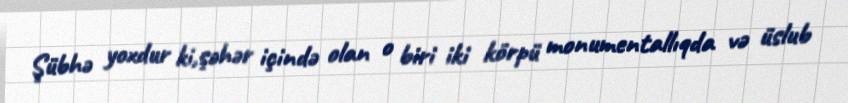
Şübhə yoxdur ki,şəhər içində olan o biri iki körpü monumentallıqda və üslub